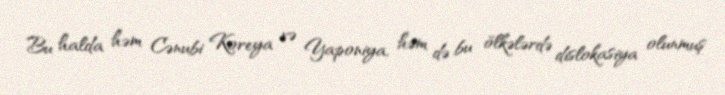
Bu halda həm Cənubi Koreya və Yaponiya, həm də bu ölkələrdə dislokasiya olunmuş